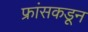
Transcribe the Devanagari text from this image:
फ्रांसकडून